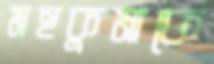
মহকুমাকে